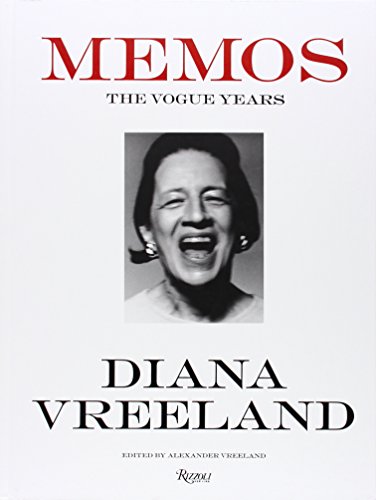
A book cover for Diana Vreeland Memos: The Vogue Years; Humor & Entertainment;